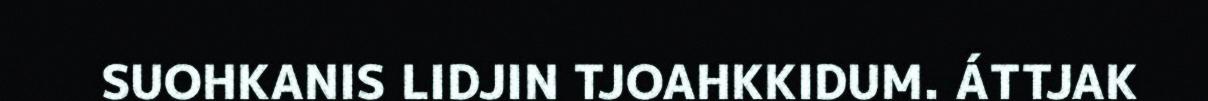
SUOHKANIS LIDJIN TJOAHKKIDUM. ÁTTJAK